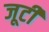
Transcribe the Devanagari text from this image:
जूटी